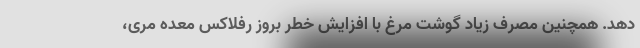
دهد. همچنین مصرف زیاد گوشت مرغ با افزایش خطر بروز رفلاکس معده مری،